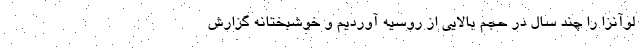
لوآنزا را چند سال در حجم بالایی از روسیه آوردیم و خوشبختانه گزارش